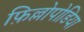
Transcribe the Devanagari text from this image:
फ़िल्लोपोडिया